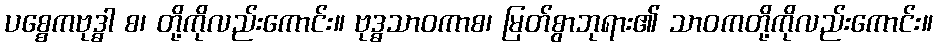
ပစ္စေကဗုဒ္ဓါ စ၊ တို့ကိုလည်းကောင်း။ ဗုဒ္ဓသာဝကာစ၊ မြတ်စွာဘုရား၏ သာဝကတို့ကိုလည်းကောင်း။